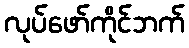
လုပ်ဖော်ကိုင်ဘက်